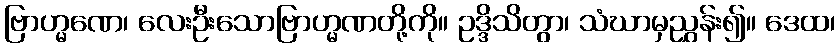
ဗြာဟ္မဏေ၊ လေးဦးသောဗြာဟ္မဏတို့ကို။ ဥဒ္ဒိသိတွာ၊ သံဃာမှညွှန်း၍။ ဒေထ၊